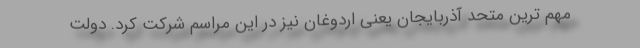
مهم ترین متحد آذربایجان یعنی اردوغان نیز در این مراسم شرکت کرد. دولت